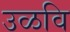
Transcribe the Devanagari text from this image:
उळवि